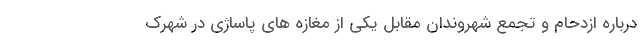
درباره ازدحام و تجمع شهروندان مقابل یکی از مغازه های پاساژی در شهرک